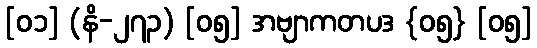
[၀၁] (နိ-၂၇၃) [၀၅] အဗျာကတပဒ {၀၅} [၀၅]